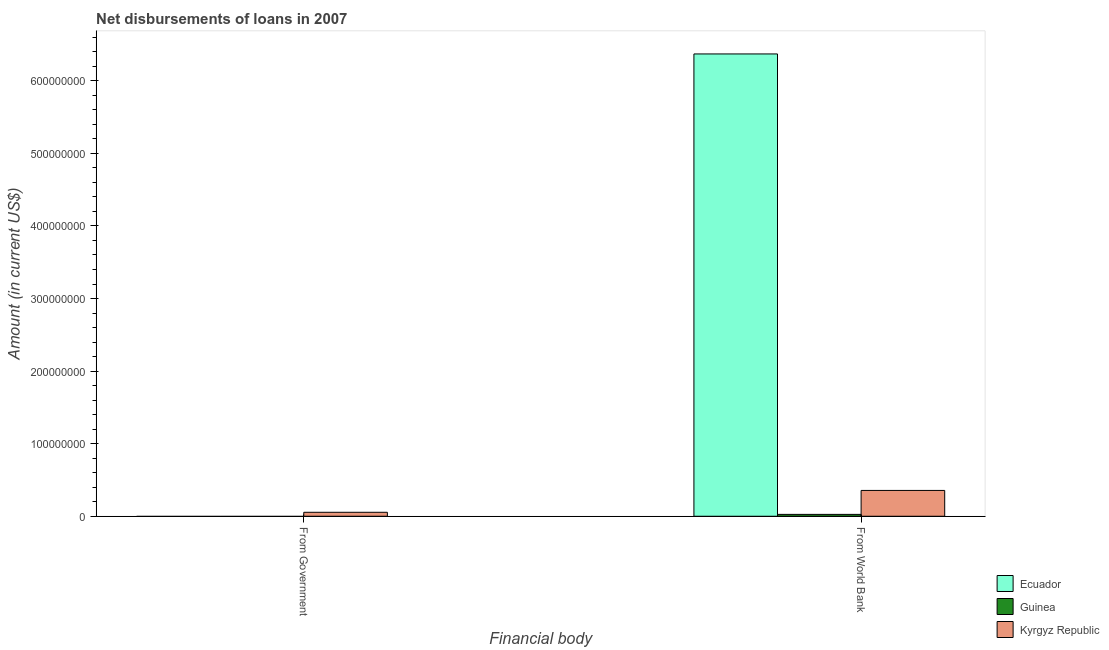
| Financial body | Ecuador | Guinea | Kyrgyz Republic |
 | --- | --- | --- | --- |
 | From Government | -2.67e+08 | -1.48e+07 | 5.46e+06 |
 | From World Bank | 6.37e+08 | 2.57e+06 | 3.56e+07 |